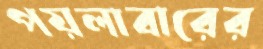
পয়লাবারের